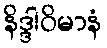
နိဒ္ဒါဝိမာနံ